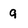
Character: 9